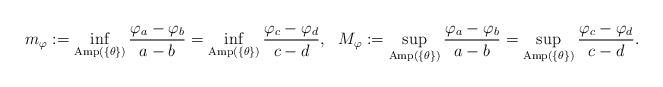
LaTeX: \begin{align*}m_\varphi:=\inf_{\textup{Amp}(\{\theta\})} \frac{\varphi_a-\varphi_b}{a-b}= \inf_{\textup{Amp}(\{\theta\})} \frac{\varphi_c-\varphi_d}{c-d}, \ \ M_\varphi:=\sup_{\textup{Amp}(\{\theta\})} \frac{\varphi_a-\varphi_b}{a-b}= \sup_{\textup{Amp}(\{\theta\})} \frac{\varphi_c-\varphi_d}{c-d}.\end{align*}